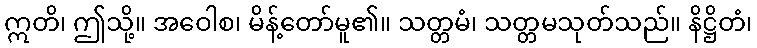
ဣတိ၊ ဤသို့။ အဝေါစ၊ မိန့်တော်မူ၏။ သတ္တမံ၊ သတ္တမသုတ်သည်။ နိဋ္ဌိတံ၊